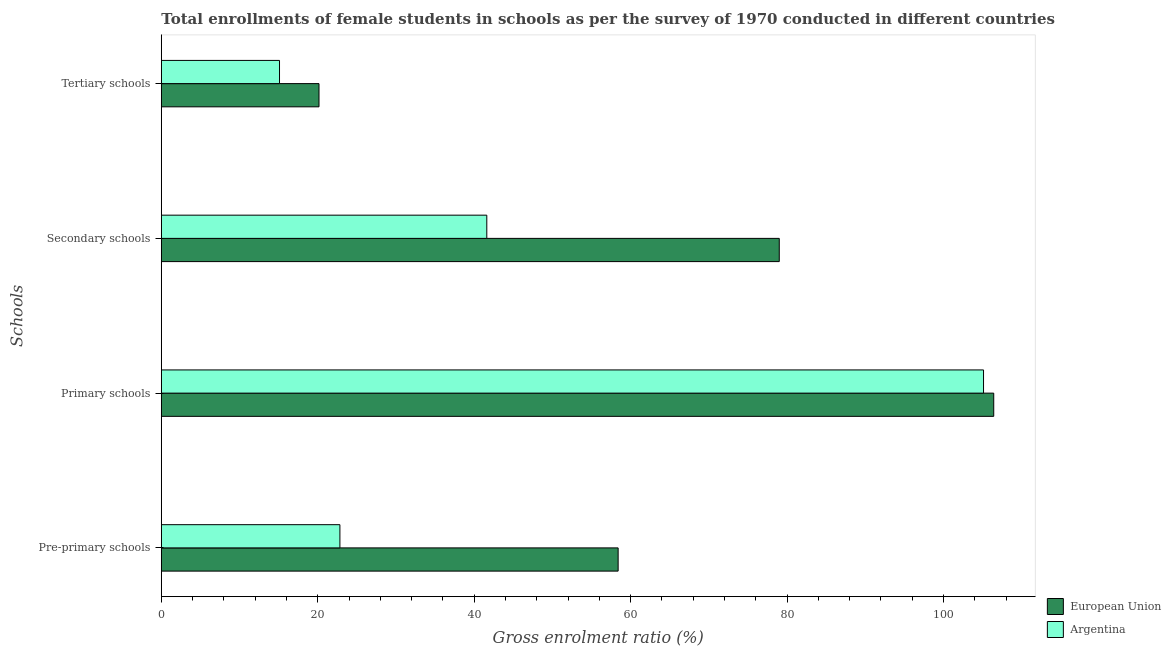
| Schools | European Union | Argentina |
 | --- | --- | --- |
 | Pre-primary schools | 58.4 | 22.8 |
 | Primary schools | 106 | 105 |
 | Secondary schools | 79 | 41.6 |
 | Tertiary schools | 20.2 | 15.1 |